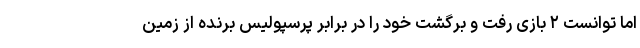
اما توانست ۲ بازی رفت و برگشت خود را در برابر پرسپولیس برنده از زمین